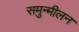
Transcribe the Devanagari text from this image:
समुन्मीलन